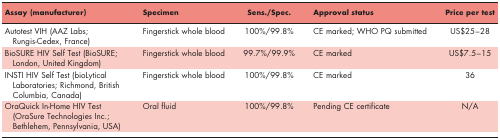
| Assay (manufacturer) | Specimen | Sens./Spec. | Approval status | Price per test |
 | --- | --- | --- | --- | --- |
 | Autotest VIH (AAZ Labs; Rungis-Cedex, France) | Fingerstick whole blood | 100%/99.8% | CE marked; WHO PQ submitted | US$25–28 |
 | BioSURE HIV Self Test (BioSURE; London, United Kingdom) | Fingerstick whole blood | 99.7%/99.9% | CE marked | US$7.5–15 |
 | INSTI HIV Self Test (bioLytical Laboratories; Richmond, British Columbia, Canada) | Fingerstick whole blood | 100%/99.8% | CE marked | 36 |
 | OraQuick In-Home HIV Test (OraSure Technologies Inc.; Bethlehem, Pennsylvania, USA) | Oral fluid | 100%/99.8% | Pending CE certificate | N/A |